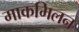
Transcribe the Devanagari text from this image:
माकमिलन